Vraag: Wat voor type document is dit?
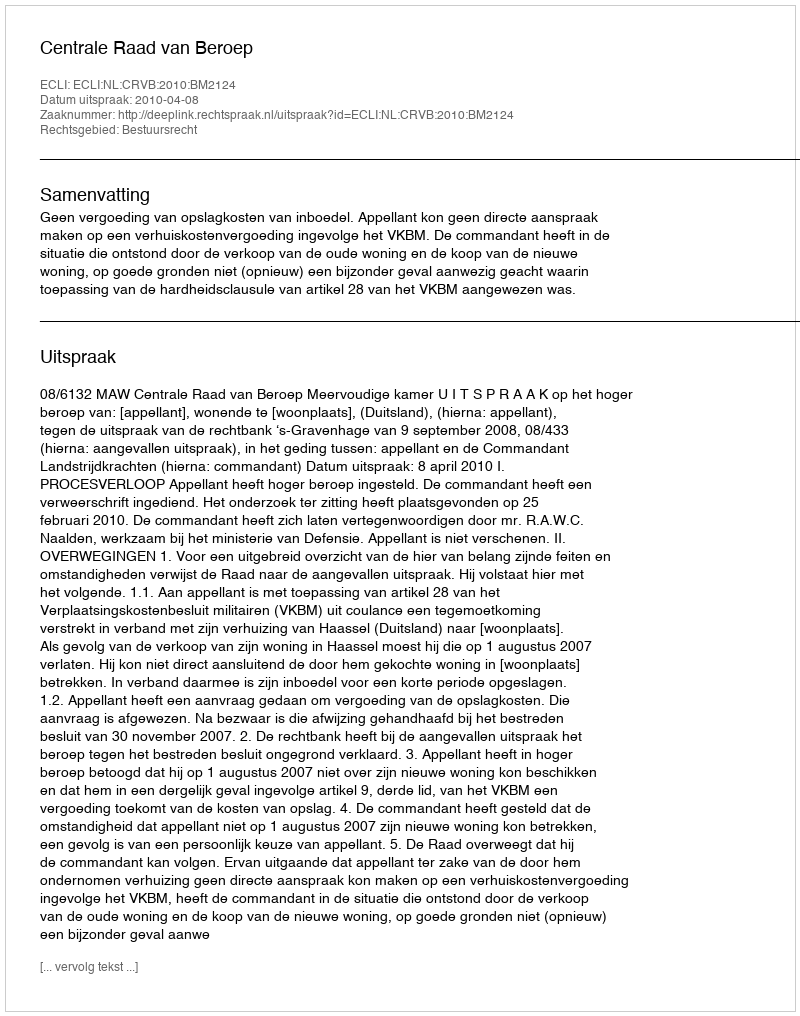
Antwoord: Uitspraak